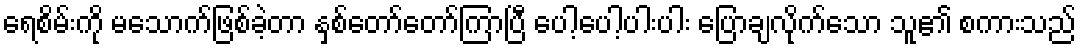
ရေစိမ်းကို မသောက်ဖြစ်ခဲ့တာ နှစ်တော်တော်ကြာပြီ ပေါ့ပေါ့ပါးပါး ပြောချလိုက်သော သူ၏ စကားသည်